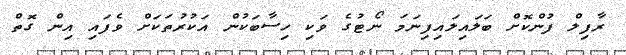
ރާފިލް ފުންކޮށް ބަލައިލައިފިނަމަ ނޯޓުގެ ވަކި ހިސާބަކުން އަކުރުތަކަށް ވެފައި އިން ގޮތް